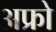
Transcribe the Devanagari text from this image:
अफ्रो